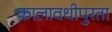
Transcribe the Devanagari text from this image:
कालावधीपुरता